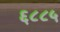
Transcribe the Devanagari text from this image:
६८८५